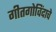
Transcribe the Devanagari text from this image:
गीतगोविंदाचे